Civil Veterinary Dept. Bombay admin report 1900-1906 - 1900-1906
Year: 1900
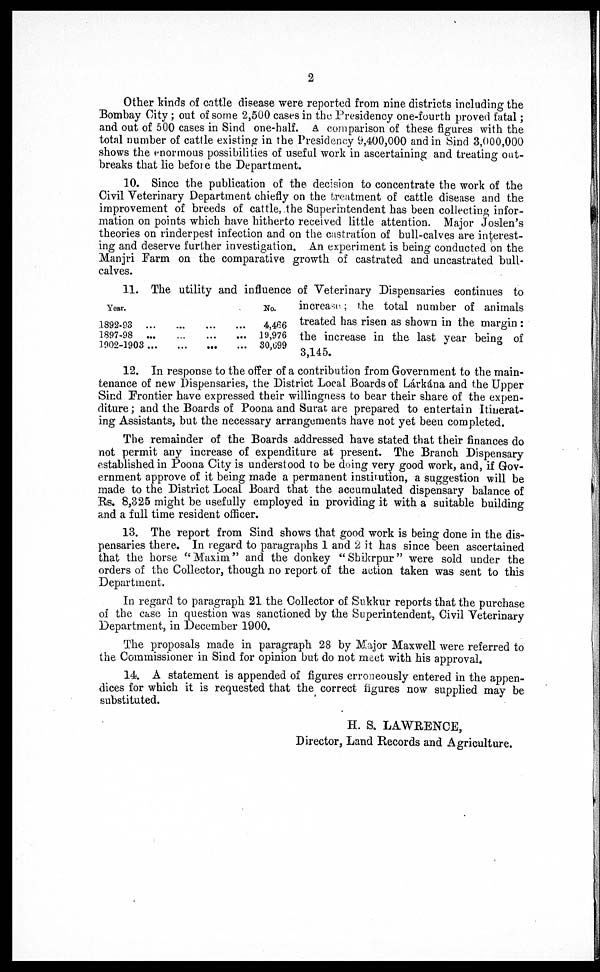
2
Other kinds of cattle disease were reported from nine districts including the
Bombay City ; out of some 2,500 cases in the Presidency one-fourth proved fatal ;
and out of 500 cases in Sind one-half. A comparison of these figures with the
total number of cattle existing in the Presidency 9,400,000 and in Sind 3,000,000
shows the enormous possibilities of useful work in ascertaining and treating out-
breaks that lie before the Department.
10. Since the publication of the decision to concentrate the work of the
Civil Veterinary Department chiefly on the treatment of cattle disease and the
improvement of breeds of cattle, the Superintendent has been collecting infor-
mation on points which have hitherto received little attention. Major Joslen's
theories on rinderpest infection and on the castration of bull-calves are interest-
ing and deserve further investigation. An experiment is being conducted on the
Manjri Farm on the comparative growth of castrated and uncastrated bull-
calves.
Year.
1892-93 ...
1897-98 ...
1902-1903 ...
…
…
...
…
...
...
...
...
...
No.
4,466
19,976
30,699
11. The utility and influence of Veterinary Dispensaries continues to
increase ; the total number of animals
treated has risen as shown in the margin :
the increase in the last year being of
3,145.
12. In response to the offer of a contribution from Government to the main-
tenance of new Dispensaries, the District Local Boards of Lárkána and the Upper
Sind Frontier have expressed their willingness to bear their share of the expen-
diture ; and the Boards of Poona and Surat are prepared to entertain Itinerat-
ing Assistants, but the necessary arrangements have not yet been completed.
The remainder of the Boards addressed have stated that their finances do
not permit any increase of expenditure at present. The Branch Dispensary
established in Poona City is understood to be doing very good work, and, if Gov-
ernment approve of it being made a permanent institution, a suggestion will be
made to the District Local Board that the accumulated dispensary balance of
Rs. 8,325 might be usefully employed in providing it with a suitable building
and a full time resident officer.
13. The report from Sind shows that good work is being done in the dis-
pensaries there. In regard to paragraphs 1 and 2 it has since been ascertained
that the horse " Maxim " and the donkey " Shikrpur " were sold under the
orders of the Collector, though no report of the action taken was sent to this
Department.
In regard to paragraph 21 the Collector of Sukkur reports that the purchase
of the case in question was sanctioned by the Superintendent, Civil Veterinary
Department, in December 1900.
The proposals made in paragraph 28 by Major Maxwell were referred to
the Commissioner in Sind for opinion but do not meet with his approval.
14. A statement is appended of figures erroneously entered in the appen-
dices for which it is requested that the correct figures now supplied may be
substituted.
H. & LAWRENCE,
Director, Land Records and Agriculture.